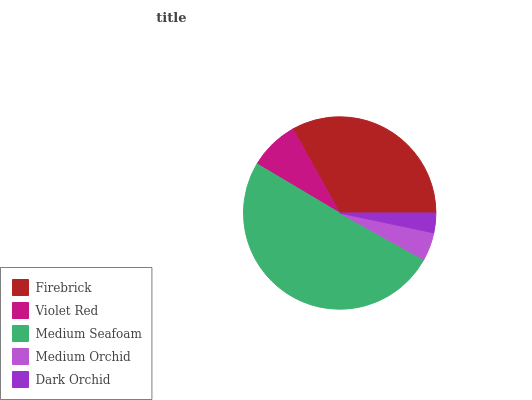
| Firebrick | Violet Red | Medium Seafoam | Medium Orchid | Dark Orchid |
 | --- | --- | --- | --- | --- |
 | 33.1% | 8.39% | 50.4% | 4.76% | 3.31% |